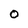
Character: 0